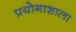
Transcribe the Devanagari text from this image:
प्रयोगाशाला